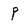
Character: P